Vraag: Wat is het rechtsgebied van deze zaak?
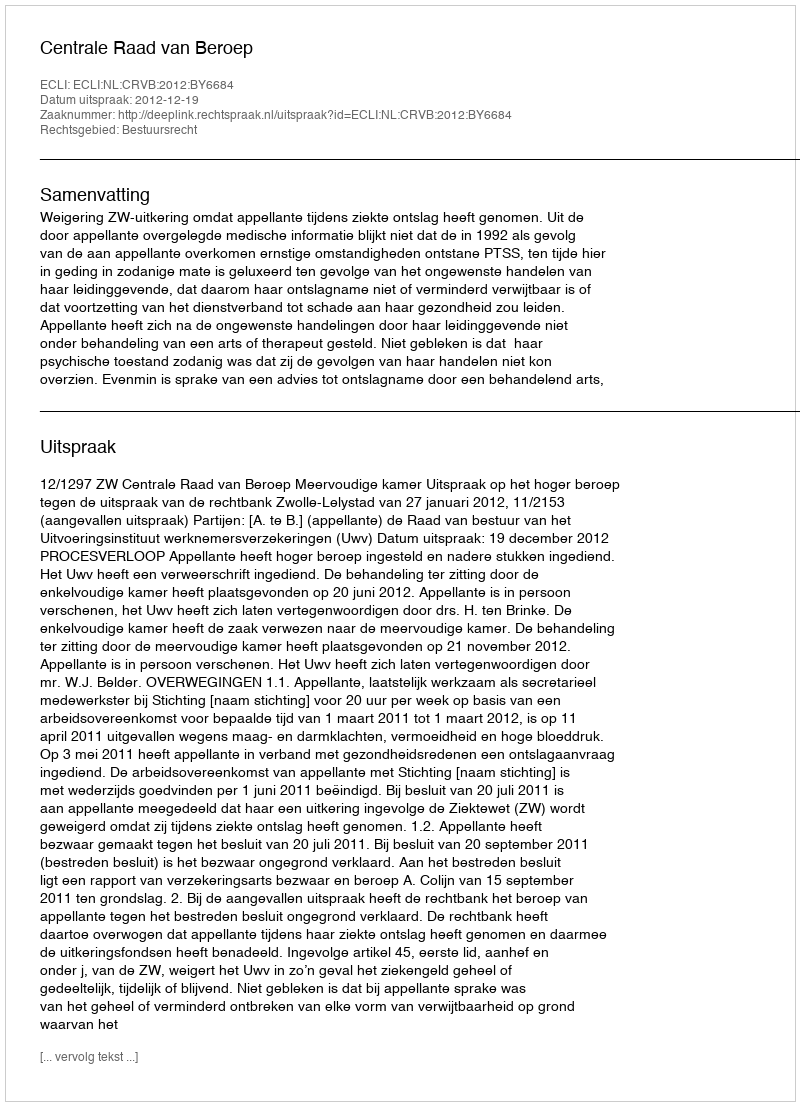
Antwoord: Bestuursrecht